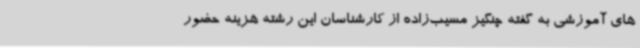
های آموزشی به گفته چنگیز مسیب‌زاده از کارشناسان این رشته هزینه حضور